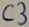
Text: C3